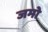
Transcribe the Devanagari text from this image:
जमो